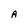
Character: A